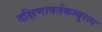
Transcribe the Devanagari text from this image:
दक्षिणावर्तकम्बुरत्न